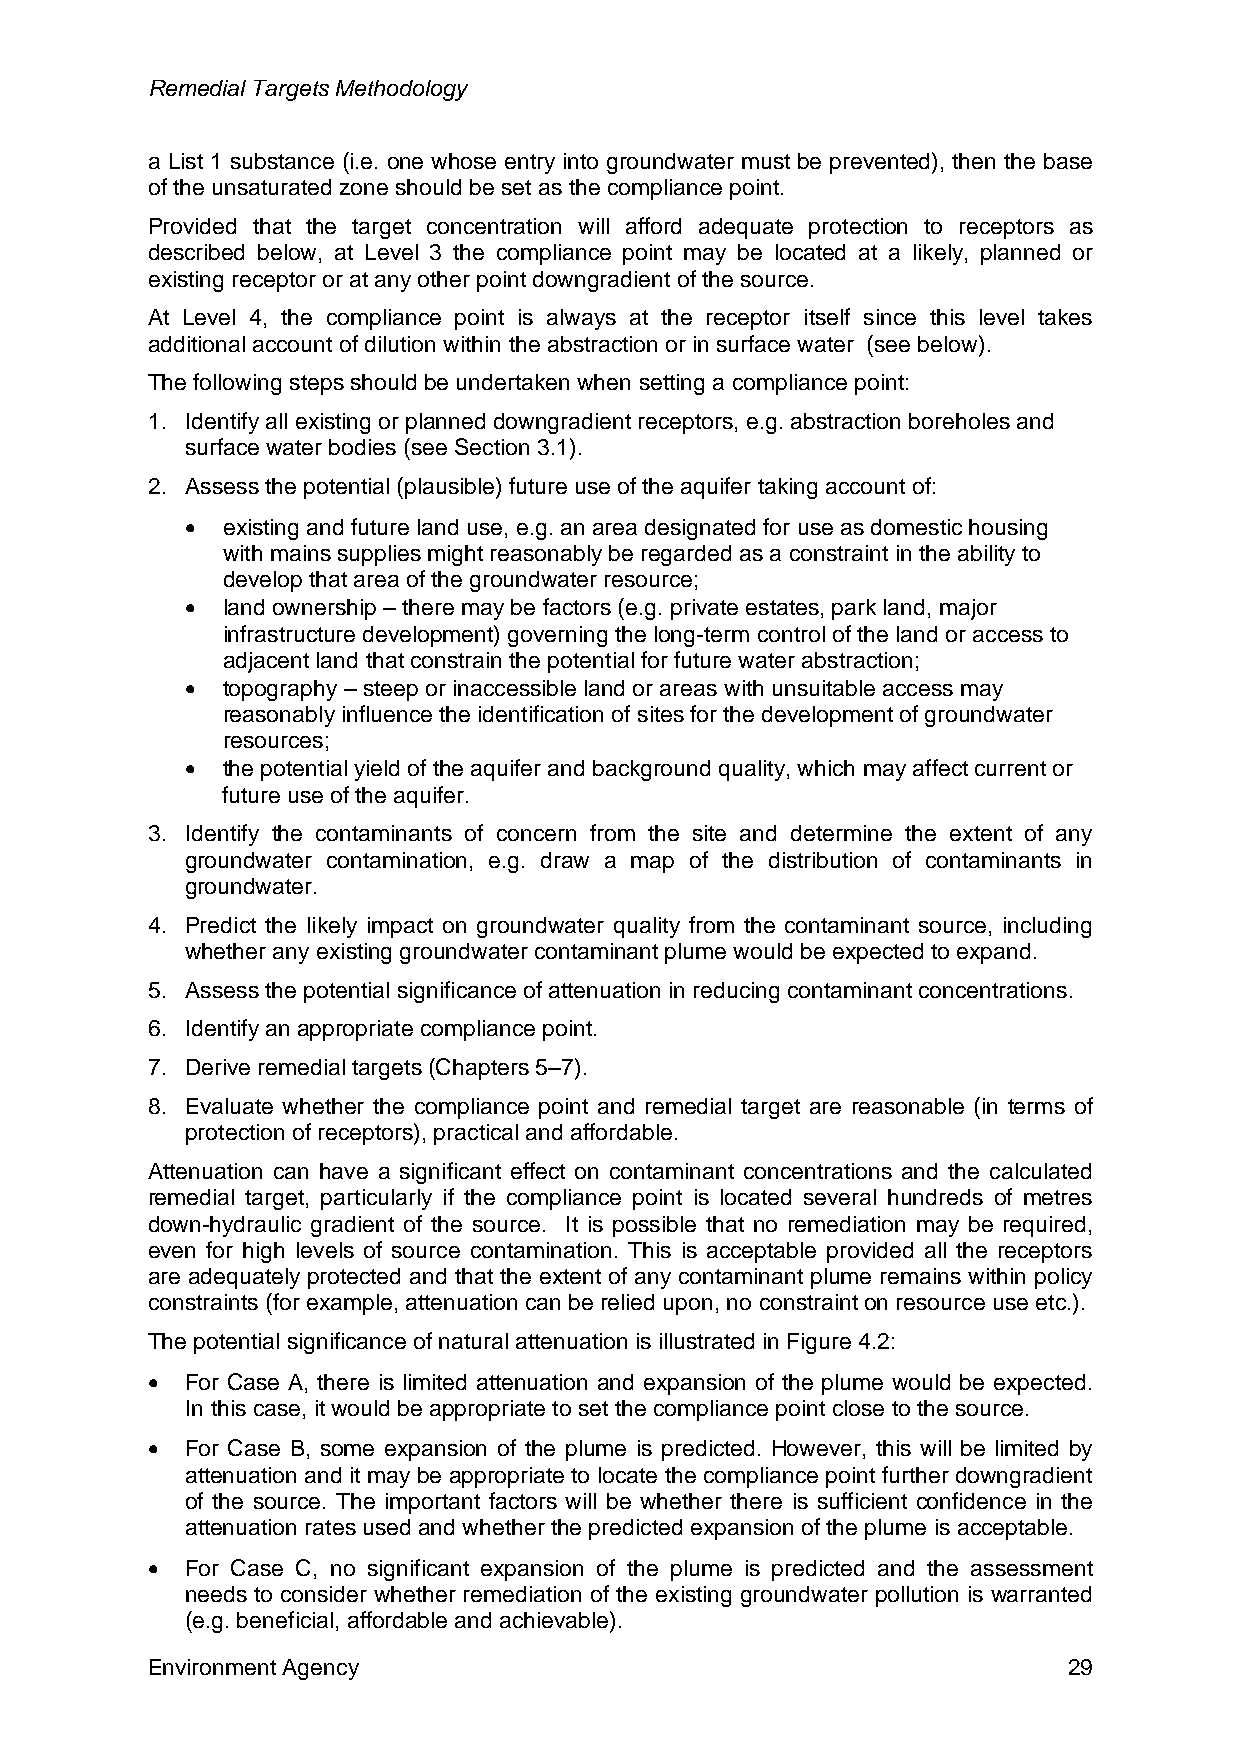
Remedial Targets Methodology
 a List 1 substance (i.e. one whose entry into groundwater must be prevented), then the base
 of the unsaturated zone should be set as the compliance point.
 Provided that the target concentration will afford adequate protection to receptors as
 described below, at Level 3 the compliance point may be located at a likely, planned or
 existing receptor or at any other point downgradient of the source.
 At Level 4, the compliance point is always at the receptor itself since this level takes
 additional account of dilution within the abstraction or in surface water (see below).
 The following steps should be undertaken when setting a compliance point:
 1. Identify all existing or planned downgradient receptors, e.g. abstraction boreholes and
 surface water bodies (see Section 3.1).
 2. Assess the potential (plausible) future use of the aquifer taking account of:
 •  existing and future land use, e.g. an area designated for use as domestic housing
 with mains supplies might reasonably be regarded as a constraint in the ability to
 develop that area of the groundwater resource;
 •  land ownership – there may be factors (e.g. private estates, park land, major
 infrastructure development) governing the long-term control of the land or access to
 adjacent land that constrain the potential for future water abstraction;
 •  topography – steep or inaccessible land or areas with unsuitable access may
 reasonably influence the identification of sites for the development of groundwater
 resources;
 •  the potential yield of the aquifer and background quality, which may affect current or
 future use of the aquifer.
 3. Identify the contaminants of concern from the site and determine the extent of any
 groundwater contamination, e.g. draw a map of the distribution of contaminants in
 groundwater.
 4. Predict the likely impact on groundwater quality from the contaminant source, including
 whether any existing groundwater contaminant plume would be expected to expand.
 5. Assess the potential significance of attenuation in reducing contaminant concentrations.
 6. Identify an appropriate compliance point.
 7. Derive remedial targets (Chapters 5–7).
 8. Evaluate whether the compliance point and remedial target are reasonable (in terms of
 protection of receptors), practical and affordable.
 Attenuation can have a significant effect on contaminant concentrations and the calculated
 remedial target, particularly if the compliance point is located several hundreds of metres
 down-hydraulic gradient of the source. It is possible that no remediation may be required,
 even for high levels of source contamination. This is acceptable provided all the receptors
 are adequately protected and that the extent of any contaminant plume remains within policy
 constraints (for example, attenuation can be relied upon, no constraint on resource use etc.).
 The potential significance of natural attenuation is illustrated in Figure 4.2:
 • For Case A, there is limited attenuation and expansion of the plume would be expected.
 In this case, it would be appropriate to set the compliance point close to the source.
 • For Case B, some expansion of the plume is predicted. However, this will be limited by
 attenuation and it may be appropriate to locate the compliance point further downgradient
 of the source. The important factors will be whether there is sufficient confidence in the
 attenuation rates used and whether the predicted expansion of the plume is acceptable.
 • For Case C, no significant expansion of the plume is predicted and the assessment
 needs to consider whether remediation of the existing groundwater pollution is warranted
 (e.g. beneficial, affordable and achievable).
 Environment Agency                                           29